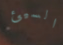
السيئ